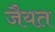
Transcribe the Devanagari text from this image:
जैयत